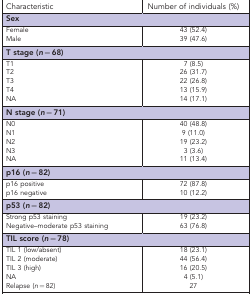
| Characteristic | Number of individuals (%) |
 | --- | --- |
 | <COLSPAN=2> Sex |
 | Female | 43 (52.4) |
 | Male | 39 (47.6) |
 | <COLSPAN=2> T stage (n=68) |
 | T1 | 7 (8.5) |
 | T2 | 26 (31.7) |
 | T3 | 22 (26.8) |
 | T4 | 13 (15.9) |
 | NA | 14 (17.1) |
 | <COLSPAN=2> N stage (n=71) |
 | N0 | 40 (48.8) |
 | N1 | 9 (11.0) |
 | N2 | 19 (23.2) |
 | N3 | 3 (3.6) |
 | NA | 11 (13.4) |
 | <COLSPAN=2> p16 (n=82) |
 | p16 positive | 72 (87.8) |
 | p16 negative | 10 (12.2) |
 | <COLSPAN=2> p53 (n=82) |
 | Strong p53 staining | 19 (23.2) |
 | Negative–moderate p53 staining | 63 (76.8) |
 | <COLSPAN=2> TIL score (n=78) |
 | TIL 1 (low/absent) | 18 (23.1) |
 | TIL 2 (moderate) | 44 (56.4) |
 | TIL 3 (high) | 16 (20.5) |
 | NA | 4 (5.1) |
 | Relapse (n=82) | 27 |